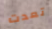
تعدت